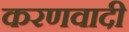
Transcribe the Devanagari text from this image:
करणवादी